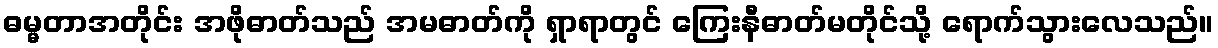
ဓမ္မတာအတိုင်း အဖိုဓာတ်သည် အမဓာတ်ကို ရှာရာတွင် ကြေးနီဓာတ်မတိုင်သို့ ရောက်သွားလေသည်။